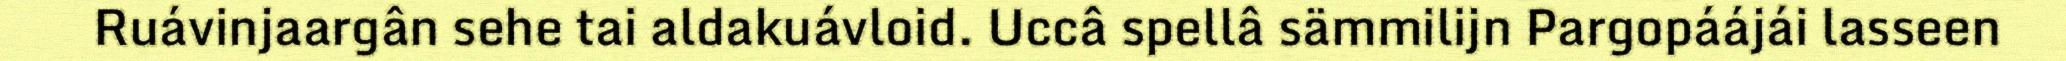
Ruávinjaargân sehe tai aldakuávloid. Uccâ spellâ sämmilijn Pargopáájái lasseen